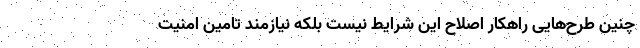
چنین طرح‌هایی راهکار اصلاح این شرایط نیست بلکه نیازمند تامین امنیت